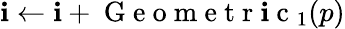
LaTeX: \mathbf{i}\leftarrow\mathbf{i}+\mathrm{{~G~e~o~m~e~t~r~\mathbf{i}~c~}}_{1}(p)